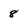
Character: 8